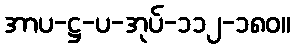
အာပ-ဋ္ဌ-ပ-အုပ်-၁၁၂-၁၈၀။